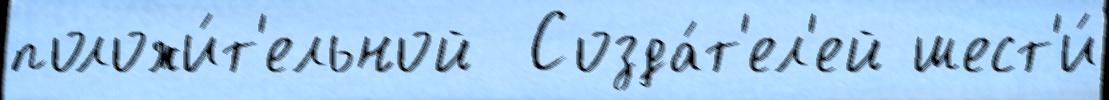
положи́т'ельной  Созда́т'ел'ей шест'и́